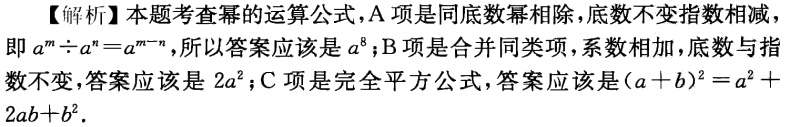
【解析】本题考查幂的运算公式，A项是同底数幂相除，底数不变指数相减，即\(a^{m}\div a^{n}=a^{m - n}\)，所以答案应该是\(a^{8}\)；B项是合并同类项，系数相加，底数与指数不变，答案应该是\(2a^{2}\)；C项是完全平方公式，答案应该是\((a + b)^{2}=a^{2}+2ab + b^{2}\)．